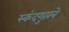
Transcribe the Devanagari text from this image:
स्कंदगुप्तने